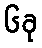
၆ခု